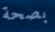
بصحة